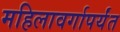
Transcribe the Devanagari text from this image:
महिलावर्गापर्यंत